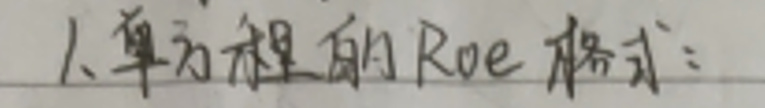
1. 单方程的Roe格式：